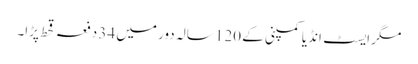
مگر ایسٹ انڈیا کمپنی کے 120 سالہ دور میں 34 دفعہ قحط پڑا۔